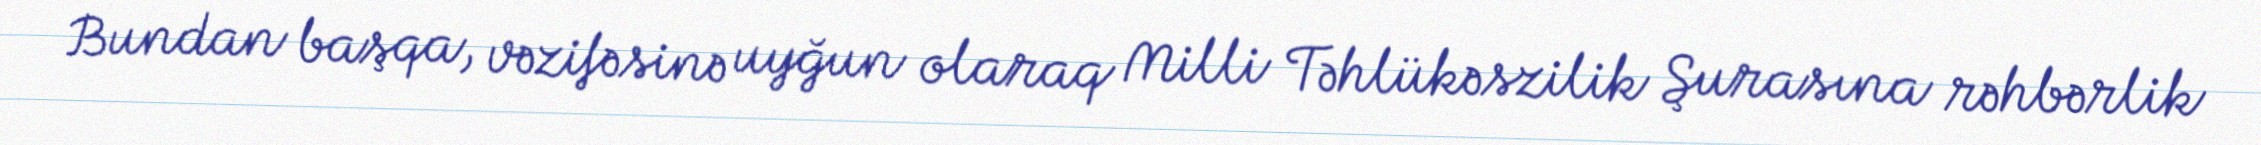
Bundan başqa, vəzifəsinə uyğun olaraq Milli Təhlükəszilik Şurasına rəhbərlik